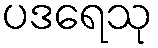
ပဒရေသု